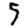
Digit: 5